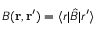
B ( \ensuremath { \mathbf { r } } , \ensuremath { \mathbf { r } } ^ { \prime } ) = \ensuremath { \langle \b { r } \vert } \hat { B } \ensuremath { \vert \b { r } ^ { \prime } \rangle }